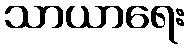
သာယာရေး